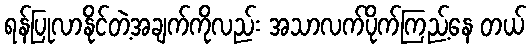
ရန်ပြုလာနိုင်တဲ့အချက်ကိုလည်း အသာလက်ပိုက်ကြည့်နေ တယ်